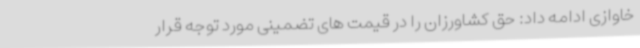
خاوازی ادامه داد: حق کشاورزان را در قیمت های تضمینی مورد توجه قرار